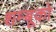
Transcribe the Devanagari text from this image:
शम्बूको